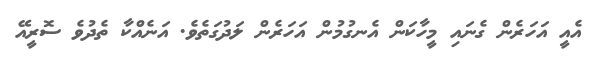
އެއީ އަހަރެން ގެނައި މީހާކަން އެނގުމުން އަހަރެން ލަދުގަތެވެ. އަނެއްކާ ތެދުވެ ސޮރީއޭ